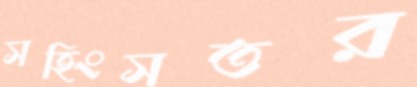
সহিংসতর